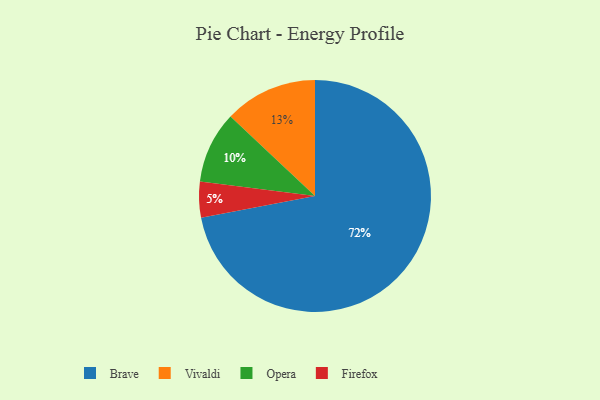
{"axis": {"x": "Category", "y": "Percentage"}, "legend": ["Brave", "Firefox", "Opera", "Vivaldi"], "data": [{"x": "Brave", "y": 72, "type": "Brave"}, {"x": "Vivaldi", "y": 13, "type": "Vivaldi"}, {"x": "Opera", "y": 10, "type": "Opera"}, {"x": "Firefox", "y": 5, "type": "Firefox"}]}